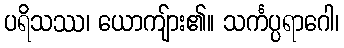
ပရိသဿ၊ ယောကျ်ား၏။ သင်္ကပ္ပရာဂေါ၊